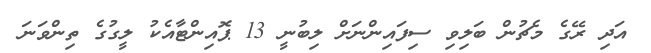
އަދި ރޭގެ މެޗުން ބަލިވި ސިފައިންނަށް ލިބުނީ 13 ޕޮއިންޓާއެކު ލީގުގެ ތިންވަނަ